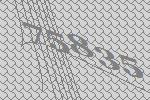
75835